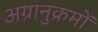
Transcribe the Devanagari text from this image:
अग्रानुक्रमों